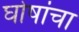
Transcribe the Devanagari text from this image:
घोषांचा